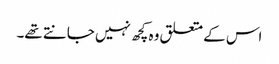
اس کے متعلق وہ کچھ نہیں جانتے تھے۔